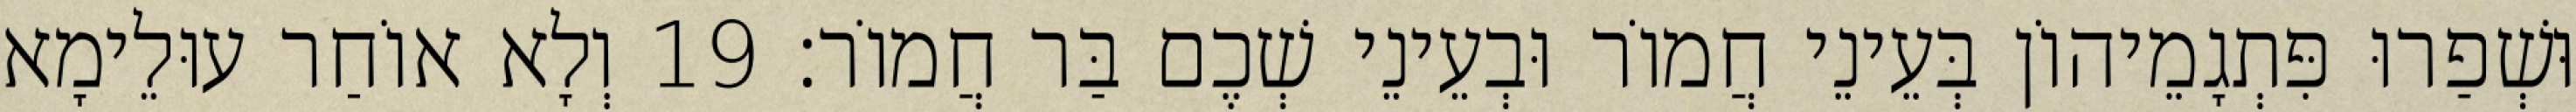
וּשְׁפַרוּ פִּתְגָמֵיהוֹן בְּעֵינֵי חֲמוֹר וּבְעֵינֵי שְׁכֶם בַּר חֲמוֹר׃ 19 וְלָא אוֹחַר עוּלֵימָא